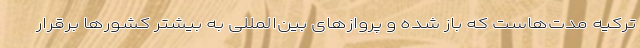
ترکیه مدت‌هاست که باز شده و پروازهای بین‌المللی به بیشتر کشورها برقرار